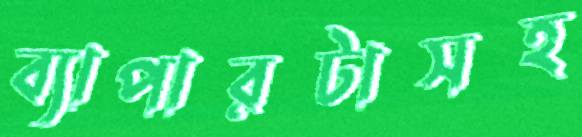
ব্যাপারটাসহ